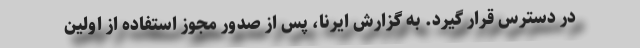
در دسترس قرار گیرد. به گزارش ایرنا، پس از صدور مجوز استفاده از اولین